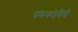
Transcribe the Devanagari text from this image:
चमकोगिरी